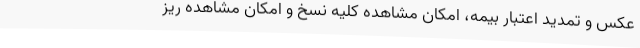
عکس و تمدید اعتبار بیمه، امکان مشاهده کلیه نسخ و امکان مشاهده ریز